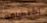
إكتشافه